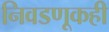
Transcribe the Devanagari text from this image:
निवडणूकही